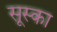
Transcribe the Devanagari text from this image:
सूस्का